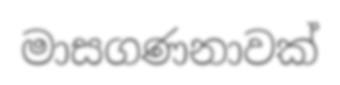
මාසගණනාවක්